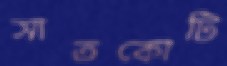
সাতকোটি